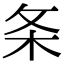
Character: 条